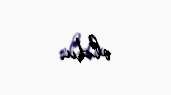
oldu.